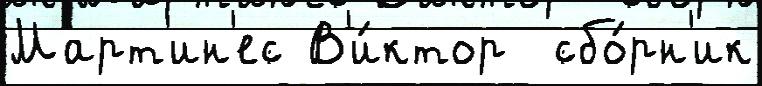
Март'ин'ес В'и́ктор  сбо́рн'ик